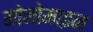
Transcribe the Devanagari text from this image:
मोनोमाइन